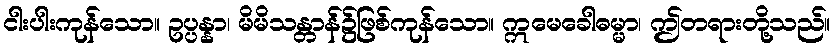
ငါးပါးကုန်သော။ ဥပ္ပန္နာ၊ မိမိသန္တာန်၌ဖြစ်ကုန်သော။ ဣမေခေါဓမ္မာ၊ ဤတရားတို့သည်။